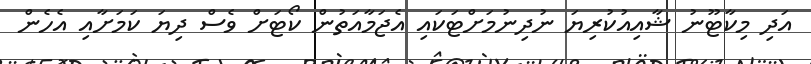
އަދި މިކާޓޫނު ޝާއިއުކުރިޔަ ނުދިނުމަށްޓަކައި އެޖަމާއަތުން ކޯޓަށް ވެސް ދިޔަ ކަމަށާއި އެހެން